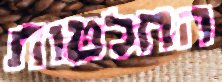
החלטות